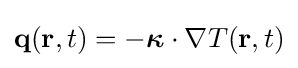
\mathbf {q} (\mathbf {r} ,t)=-{\boldsymbol {\kappa }}\cdot \nabla T(\mathbf {r} ,t)